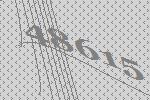
48615